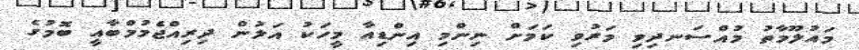
މައުލޫމާތު މުއްސަނދިވި މަރުވި ކަމަށް ނިންމި އިންޑިއާ މީހަކު އަލުން ދިރިއްޖެމުމްބާއީ ބޮމުގެ